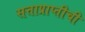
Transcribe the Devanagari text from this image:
सत्ताप्राप्तीची